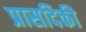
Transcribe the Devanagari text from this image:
प्रासदिकी